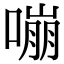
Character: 嘣